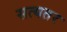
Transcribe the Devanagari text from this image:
सत्यतर